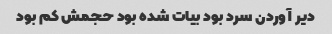
دیر آوردن سرد بود بیات شده بود حجمش کم بود